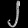
Digit: ၂